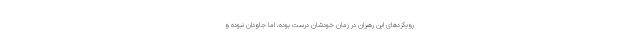
رویکردهای این رهبران در زمان خودشان درست بوده، اما جاودان نبوده و